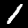
Digit: 1